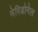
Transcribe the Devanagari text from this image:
मेरिडोनेल